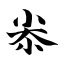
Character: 尜